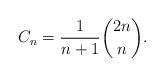
LaTeX: \begin{align*}C_{n} = \frac{1}{n+1} \binom{2n}{n}.\end{align*}